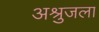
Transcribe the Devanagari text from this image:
अश्रुजला